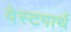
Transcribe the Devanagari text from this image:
वेस्टगार्थ